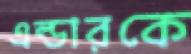
এল্ডারকে